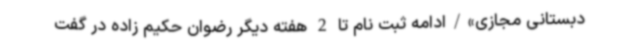
دبستانی مجازی»/ادامه ثبت نام تا 2 هفته دیگر رضوان حکیم زاده در گفت